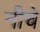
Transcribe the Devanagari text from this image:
नीचे